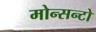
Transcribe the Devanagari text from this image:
मोन्सन्टो